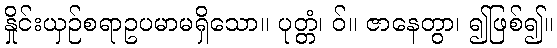
နှိုင်းယှဉ်စရာဥပမာမရှိသော။ ပုတ္တံ၊ ဝ်။ ဇာနေတွာ၊ ၍ဖြစ်၍။